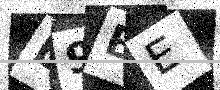
Text: L9BE